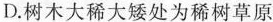
D.树木大稀大矮处为稀树草原